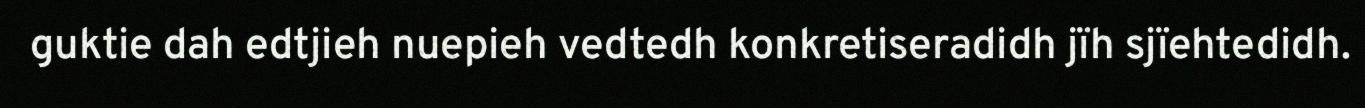
guktie dah edtjieh nuepieh vedtedh konkretiseradidh jïh sjïehtedidh.